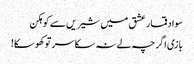
سواد قمار عشق میں شیریں سے کوہکن
بازی اگر چہ لے نہ سکا سر تو کھوسکا!